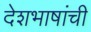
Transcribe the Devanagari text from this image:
देशभाषांची